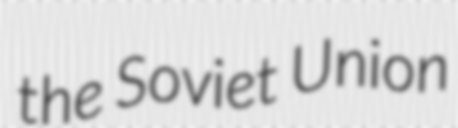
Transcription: the Soviet Union